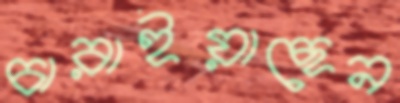
চারাইয়াছেন